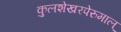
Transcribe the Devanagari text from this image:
कुलशेखरपेरुमाल्